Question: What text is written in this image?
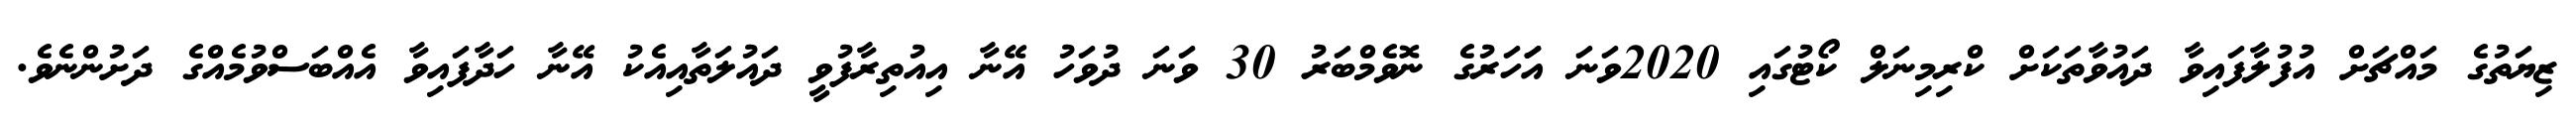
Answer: ޒިޔަތުގެ މައްޗަށް އުފުލާފައިވާ ދައުވާތަކަށް ކްރިމިނަލް ކޯޓުގައި 2020ވަނަ އަަހަރުގެ ނޮވެމްބަރު 30 ވަނަ ދުވަހު އޭނާ އިއުތިރާފުވީ ދައުލަތާއިއެކު އޭނާ ހަދާފައިވާ އެއްބަސްވުމެއްގެ ދަށުންނެވެ.